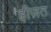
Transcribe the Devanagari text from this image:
ह्रीज़त